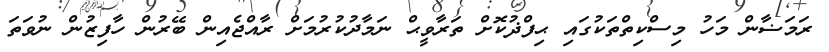
ރަމަޟާން މަހު މިސްކިތްތަކުގައި ޙިފްޛުކޮށް ތަރާވީޙް ނަމާދުކުރުމަށް ރާއްޖެއިން ބޭރުން ހާފިޒުން ނުވަތަ